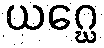
ယဂ္ဃေ